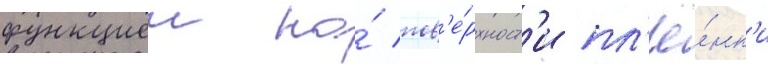
функциеи на́ пов'е́рхност'и пл'ё́нк'и